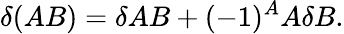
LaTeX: \delta(AB)=\delta AB+(-1)^{A}A\delta B.